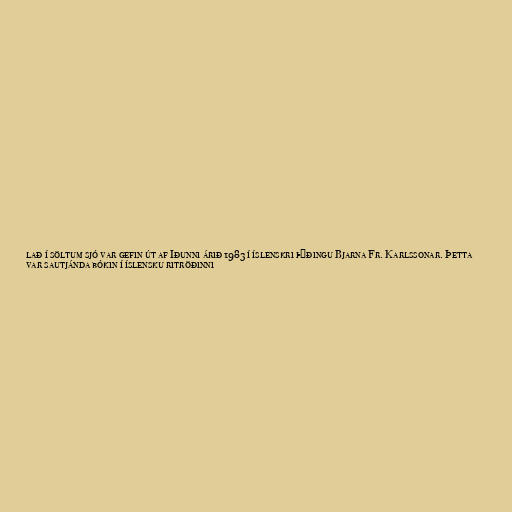
lað í söltum sjó var gefin út af Iðunni árið 1983 í íslenskri þýðingu Bjarna Fr. Karlssonar. Þetta
var sautjánda bókin í íslensku ritröðinni